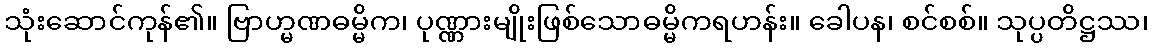
သုံးဆောင်ကုန်၏။ ဗြာဟ္မဏဓမ္မိက၊ ပုဏ္ဏားမျိုးဖြစ်သောဓမ္မိကရဟန်း။ ခေါပန၊ စင်စစ်။ သုပ္ပတိဋ္ဌဿ၊